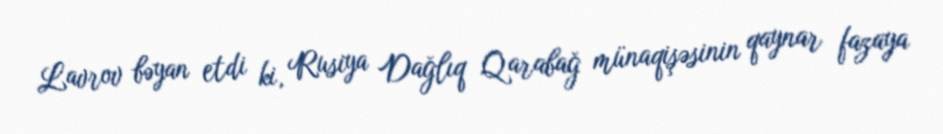
Lavrov bəyan etdi ki, Rusiya Dağlıq Qarabağ münaqişəsinin qaynar fazaya